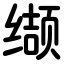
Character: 缬